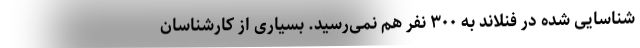
شناسایی شده در فنلاند به ۳۰۰ نفر هم نمی‌رسید. بسیاری از کارشناسان